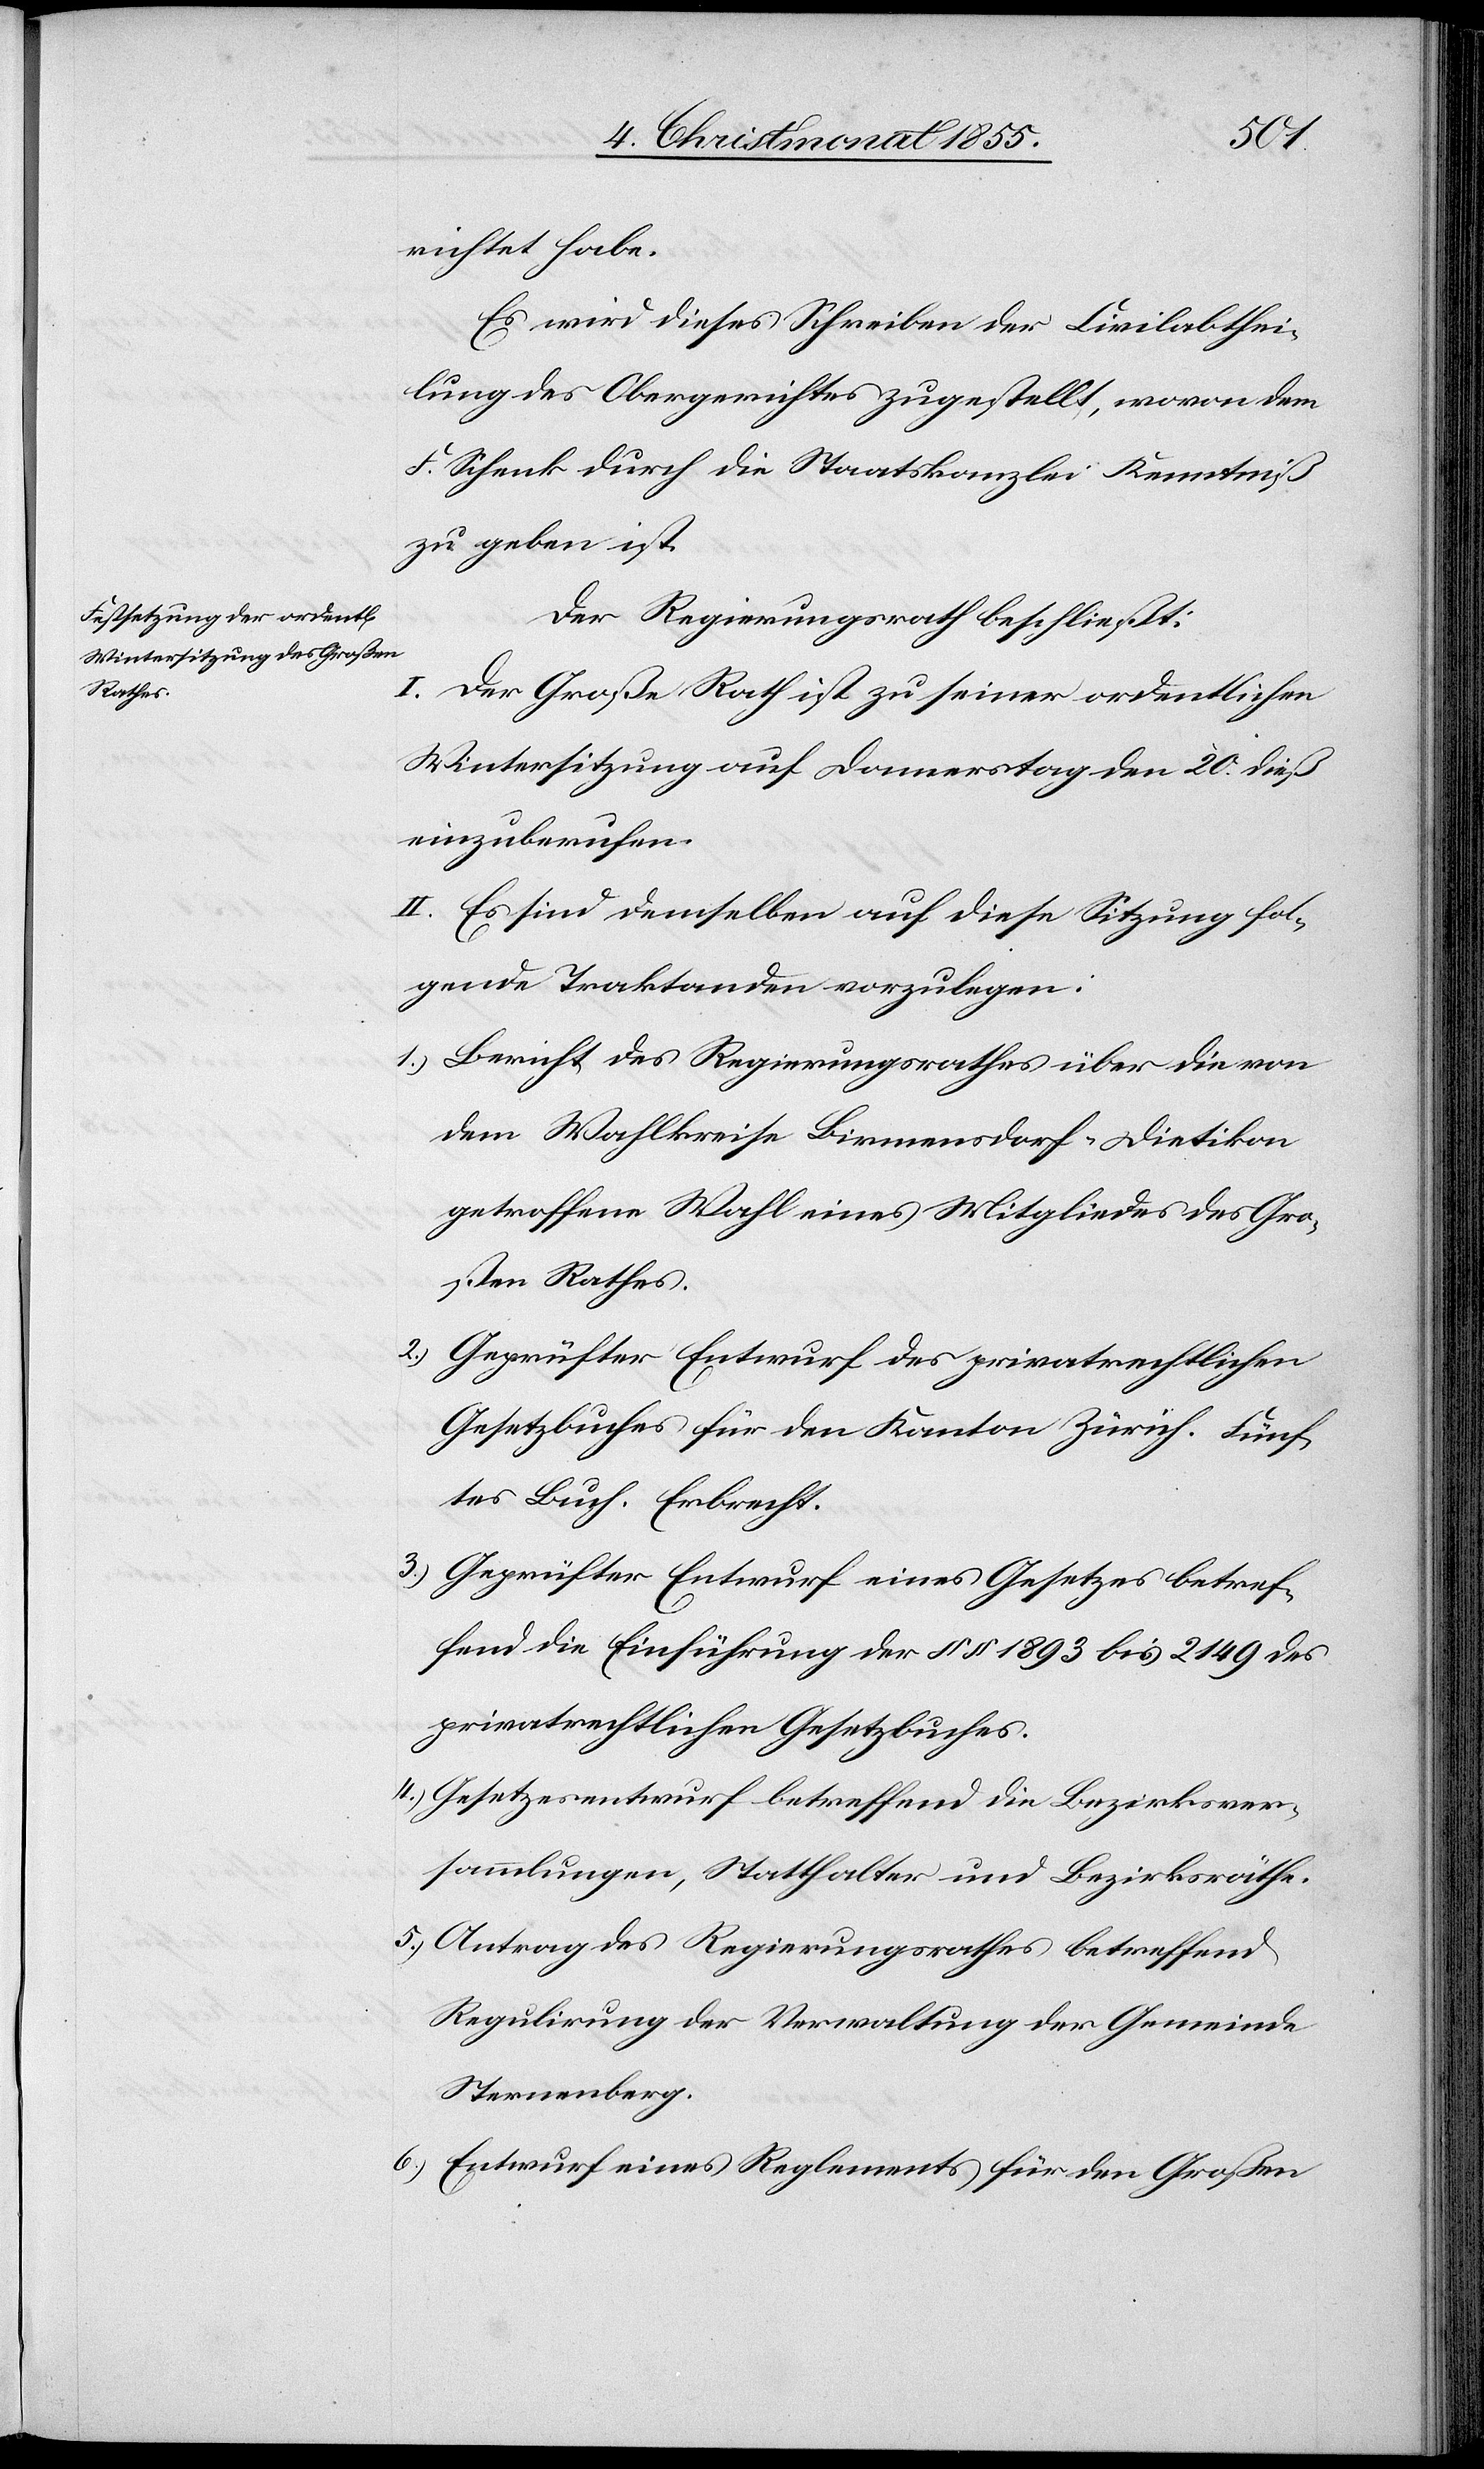
richtet habe.
Es wird dieses Schreiben der Civilabthei¬
lung des Obergerichtes zugestellt, wovon dem
F. Schenk durch die Staatskanzlei Kenntniß
zu geben ist.
Der Regierungsrath beschließt:
I. Der Große Rath ist zu seiner ordentlichen
Wintersitzung auf Donnerstag den 20. dieß
einzuberufen.
II. Es sind demselben auf diese Sitzung fol¬
gende Traktanden vorzulegen:
Bericht des Regierungsrathes über die von
dem Wahlkreise Birmensdorf-Dietikon
getroffene Wahl eines Mitgliedes des Gro¬
ßen Rathes.
Geprüfter Entwurf des privatrechtlichen
Gesetzbuches für den Kanton Zürich. Fünf¬
tes Buch. Erbrecht.
Geprüfter Entwurf eines Gesetzes betref¬
fend die Einführung der §§ 1893 bis 2149 des
privatrechtlichen Gesetzbuches.
Gesetzesentwurf betreffend die Bezirksver¬
sammlungen, Statthalter und Bezirksräthe.
Antrag des Regierungsrathes betreffend
Regulirung der Verwaltung der Gemeinde
Sternenberg.
Entwurf eines Reglements für den Großen